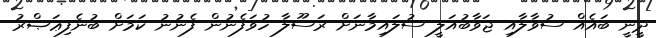
ދީނީ ބައެއް ސުވާލާއި ޖަވާބުއަލީ ސުލައިމާނަށް ރަސޫލާ ހުވަފެނުން ފެނުނު ކަމަށް ބުނެފިޢަޞްރު